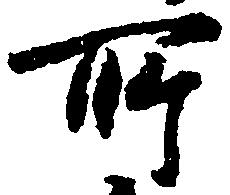
所